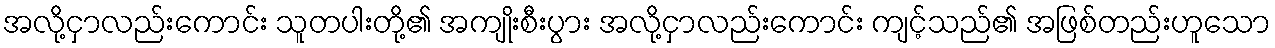
အလို့ငှာလည်းကောင်း သူတပါးတို့၏ အကျိုးစီးပွား အလို့ငှာလည်းကောင်း ကျင့်သည်၏ အဖြစ်တည်းဟူသော